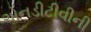
એનડીટીવીની